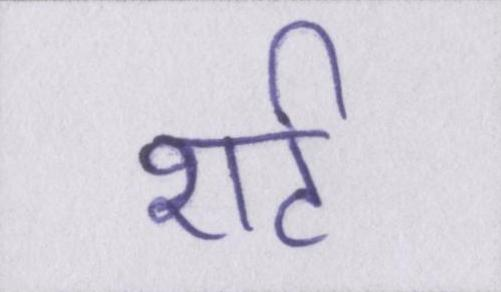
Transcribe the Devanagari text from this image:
शर्ट